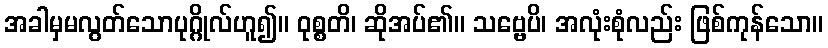
အခါမှမလွတ်သောပုဂ္ဂိုလ်ဟူ၍။ ဝုစ္စတိ၊ ဆိုအပ်၏။ သဗ္ဗေပိ၊ အလုံးစုံလည်း ဖြစ်ကုန်သော။